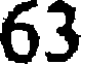
63